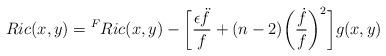
LaTeX: \begin{align*} Ric(x,y) = {^F}Ric(x,y) - \bigg[\frac{\epsilon \ddot{f}}{f} + (n-2)\bigg(\frac{\dot{f}}{f}\bigg)^{2}\bigg]g(x,y)\end{align*}